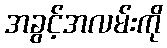
အခွင့်အလမ်းကို